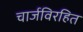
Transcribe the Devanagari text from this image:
चार्जविरहित